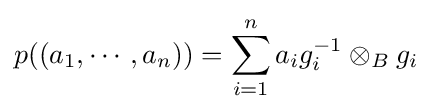
p((a_{1},\cdots ,a_{n}))=\sum _{i=1}^{n}a_{i}g_{i}^{-1}\otimes _{B}g_{i}